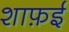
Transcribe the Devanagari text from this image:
शाफ़ई